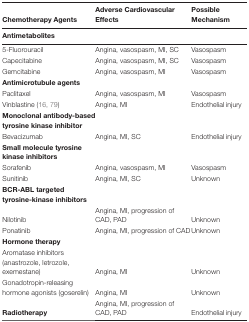
| Chemotherapy Agents | Adverse Cardiovascular Effects | Possible Mechanism |
 | Antimetabolites |  |  |
 | --- | --- | --- |
 | 5-Fluorouracil | Angina, vasospasm, MI, SC | Vasospasm |
 | Capecitabine | Angina, vasospasm, MI, SC | Vasospasm |
 | Gemcitabine | Angina, vasospasm, MI | Vasospasm |
 | Antimicrotubule agents |  |  |
 | Paclitaxel | Angina, vasospasm, MI | Vasospasm |
 | Vinblastine (16, 79) | Angina, MI | Endothelial injury |
 | Monoclonal antibody-based tyrosine kinase inhibitor |  |  |
 | Bevacizumab | Angina, MI, SC | Endothelial injury |
 | Small molecule tyrosine kinase inhibitors |  |  |
 | Sorafenib | Angina, vasospasm, MI | Vasospasm |
 | Sunitinib | Angina, MI, SC | Unknown |
 | BCR-ABL targeted tyrosine-kinase inhibitors |  |  |
 | Nilotinib | Angina, MI, progression of CAD, PAD | Unknown |
 | Ponatinib | Angina, MI, progression of CAD | Unknown |
 | Hormone therapy |  |  |
 | Aromatase inhibitors (anastrozole, letrozole, exemestane) | Angina, MI | Unknown |
 | Gonadotropin-releasing hormone agonists (goserelin) | Angina, MI | Unknown |
 | Radiotherapy | Angina, MI, progression of CAD, PAD | Endothelial injury |